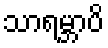
သာရမ္ဘာပိ